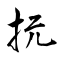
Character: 抏